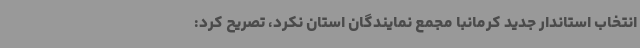
انتخاب استاندار جدید کرمانبا مجمع نمایندگان استان نکرد، تصریح کرد: